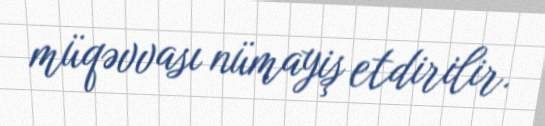
müqəvvası nümayiş etdirilir.